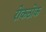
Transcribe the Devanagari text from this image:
रोकठोक